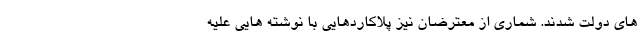
های دولت شدند. شماری از معترضان نیز پلاکاردهایی با نوشته هایی علیه